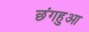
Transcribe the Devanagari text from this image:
छंगहुआ